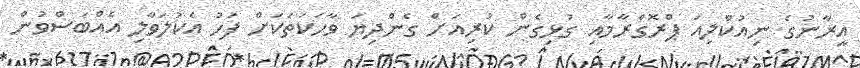
އީރާނުގެ ނިއުކްލިއަ ޕްރޮގްރާމާއި ގުޅިގެން ކުރިއަށް ގެންދިޔަ ވާހަކަތަކަށް ފަހު އެކުލަވާލި އެއްބަސްވުން